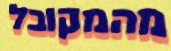
מהמקובל